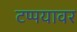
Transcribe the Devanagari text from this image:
टप्पयावर